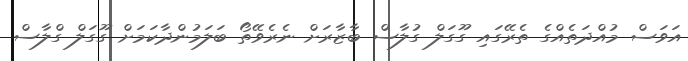
އަވަސް މުއްދަތެއްގެ ތެރޭގައި ގޫގަލް ގުލާސް ބާޒާރަށް ނެރެވޭތޯ ބަލަމުންދާކަމަށް ގޫގަލް ގްލާސް